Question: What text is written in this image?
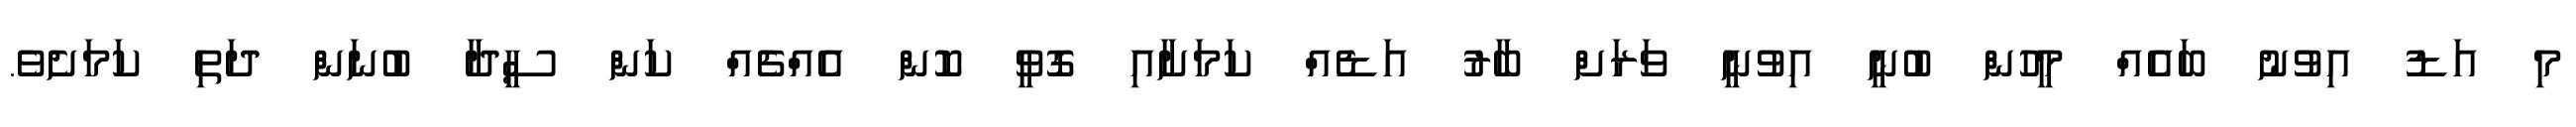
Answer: މި އަޑު އިވުނު ބައެއް މީހުން ބުނީ އިވުނީ ވަރަށް ބާރު އަޑެއް ކަމަށާއި ގޮވީ ކޮން އެއްޗެއް ކަން ސީދާ ބުނަން ދަތި ކަމަށެވެ.